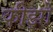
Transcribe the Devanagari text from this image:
कीझो